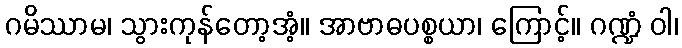
ဂမိဿာမ၊ သွားကုန်တော့အံ့။ အာဗာဓပစ္စယာ၊ ကြောင့်။ ဂဏ္ဍံ ဝါ၊